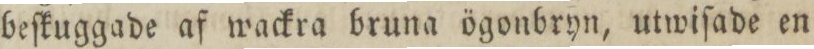
beſkuggade af wackra bruna ögonbryn, utwiſade en